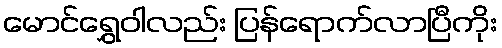
မောင်ရွှေဝါလည်း ပြန်ရောက်လာပြီကိုး